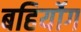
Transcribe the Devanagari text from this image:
बहिर्योग